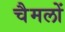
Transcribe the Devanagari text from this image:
चैमलों